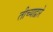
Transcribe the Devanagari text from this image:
तीच्याद्वारे